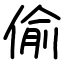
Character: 偷